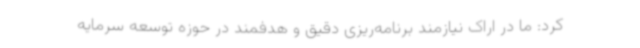
کرد: ما در اراک نیازمند برنامه‌ریزی دقیق و هدفمند در حوزه توسعه سرمایه